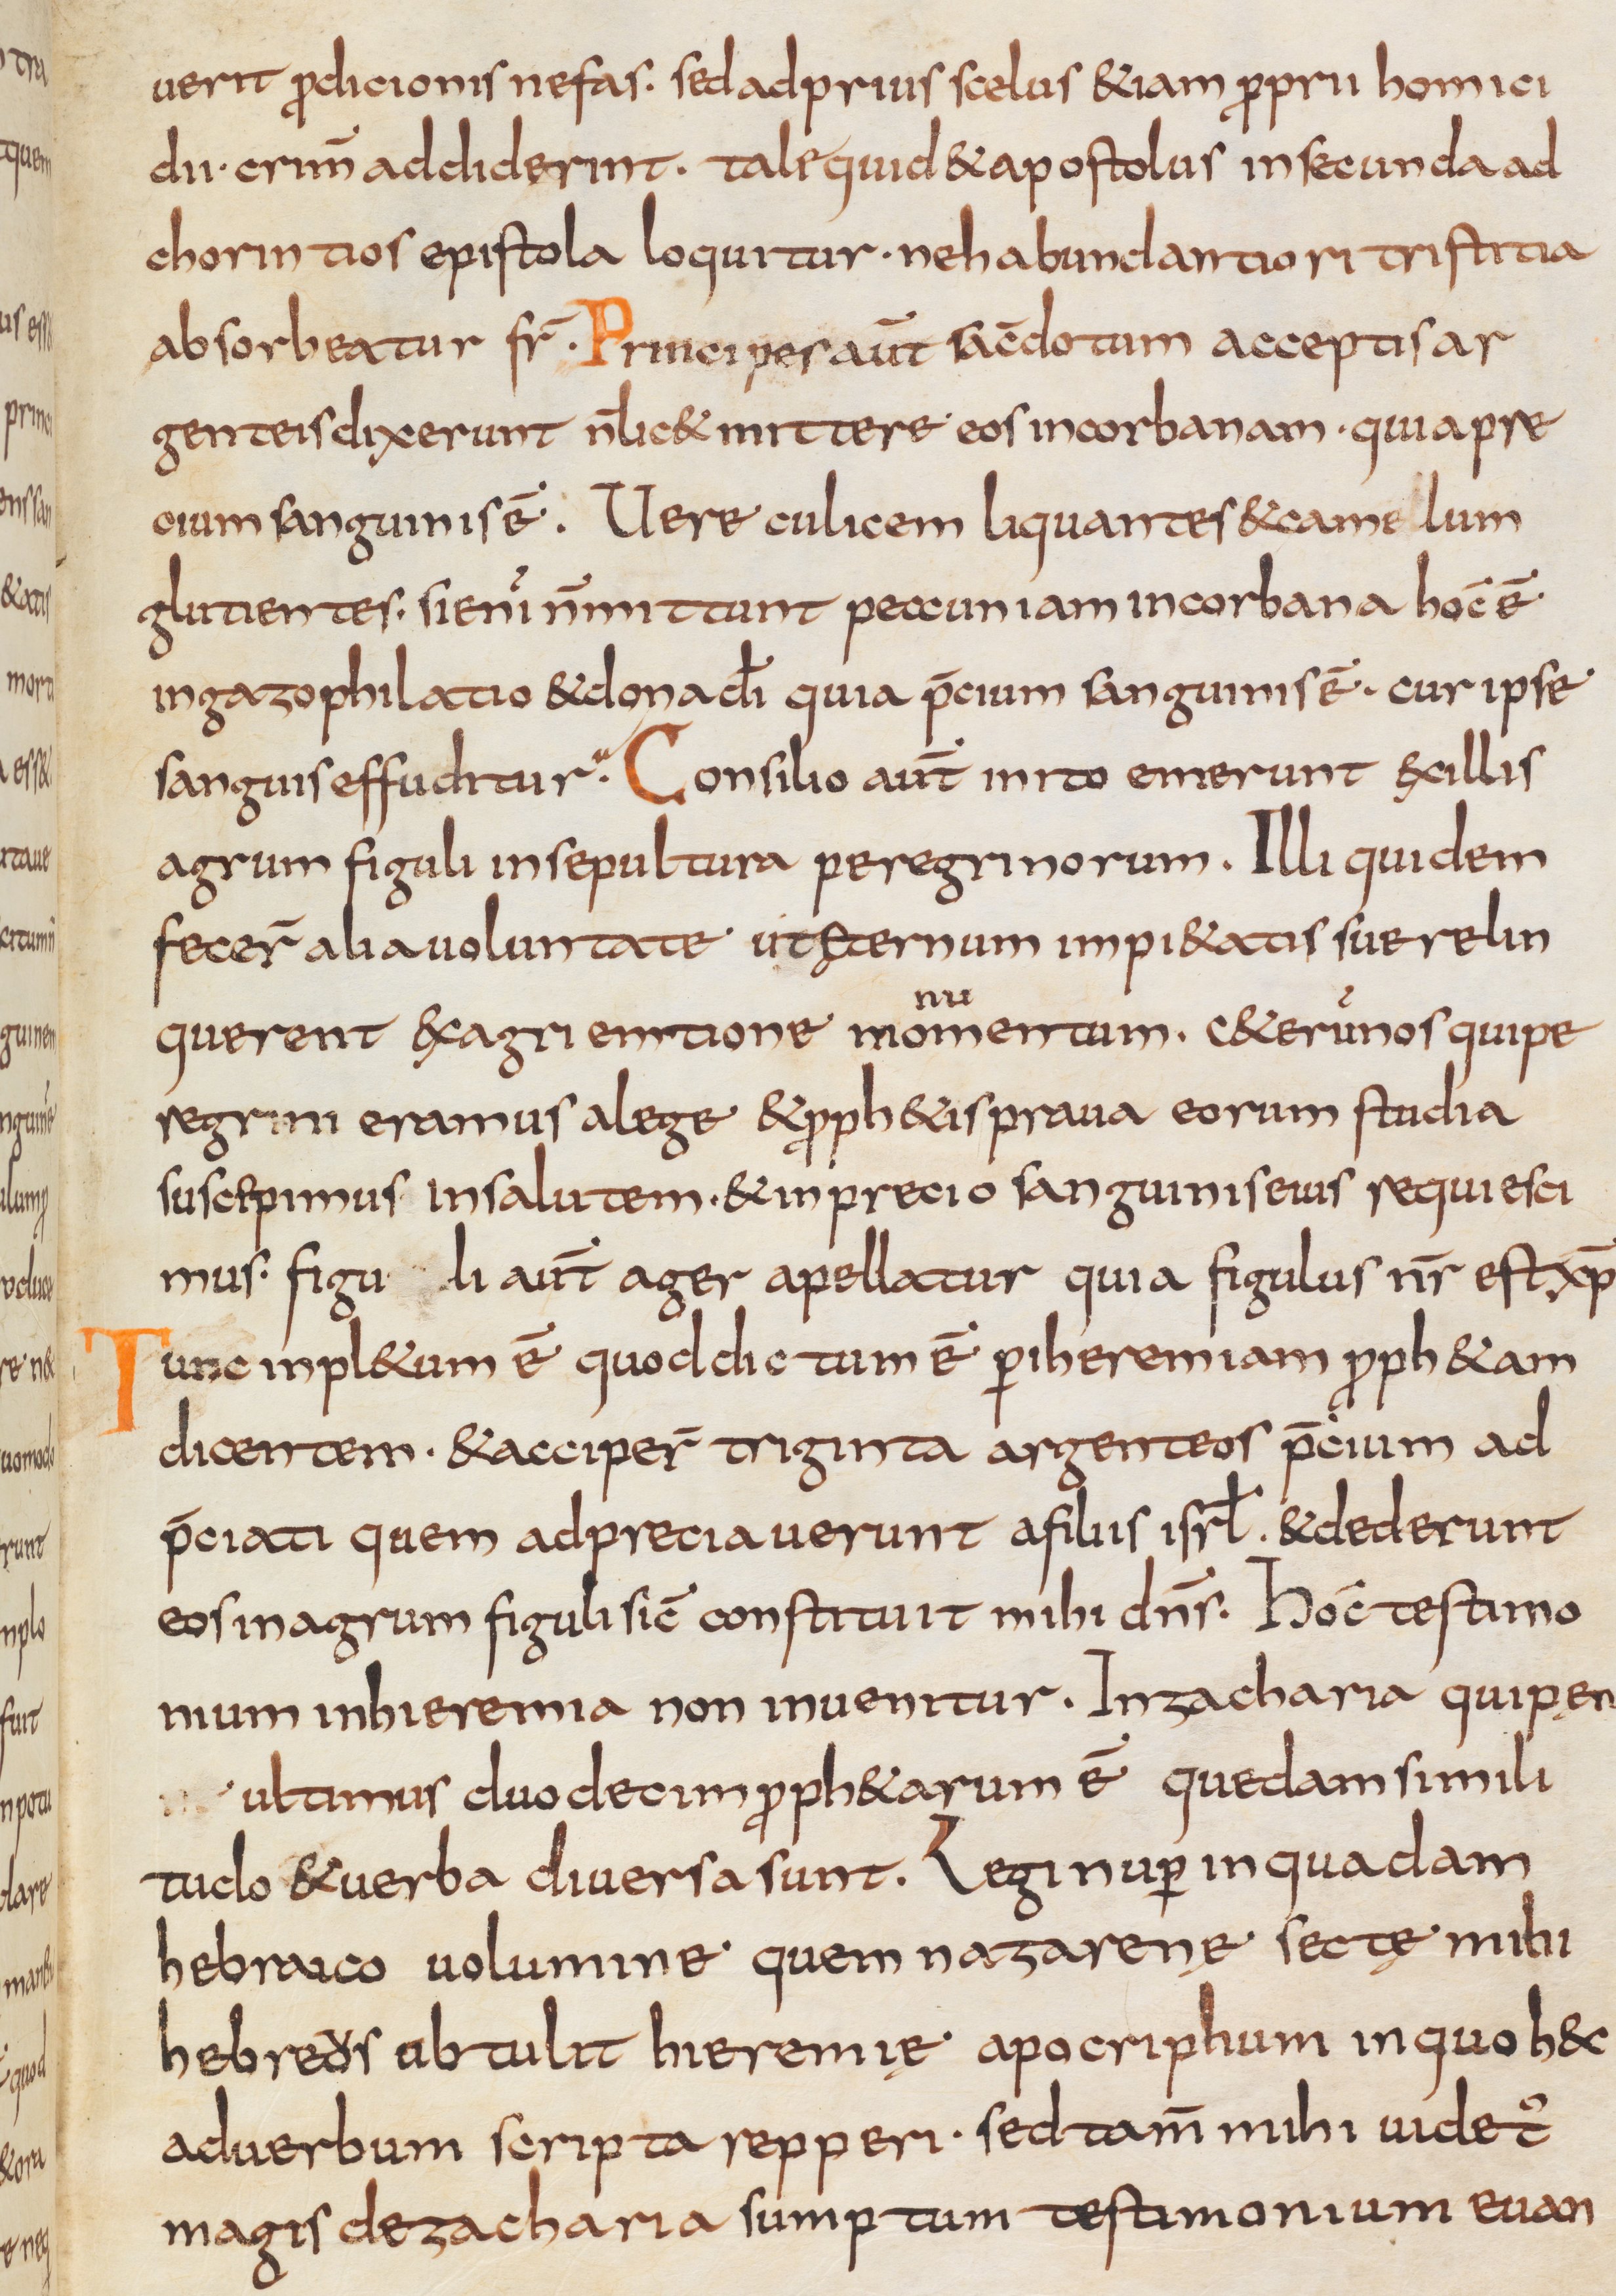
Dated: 800–832